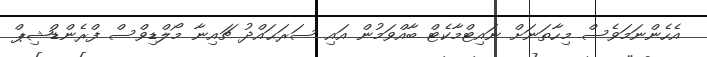
އެހެންނަމަވެސް މިހާތަނަށް ނައިޓްމާކެޓް ބާއްވަމުން އައި ސަރަޙައްދު ޗައިނާ މޯލްޑިވްސް ފްރެންޑްޝިޕް